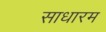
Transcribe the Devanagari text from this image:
साधारम